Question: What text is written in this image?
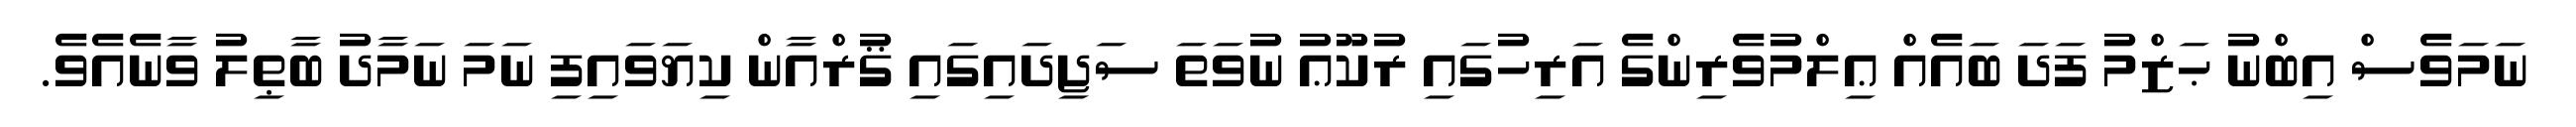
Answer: ނަމަވެސް އިބްނު ޙަޒްމު ފަދަ ބައެއް ޢިލްމުވެރިންގެ އަރިހުގައި ރުކޫޢު ނުވަތަ ސަޖިދައިގައި ޤުރްއާން ކިޔަވައިފި ނަމަ ނަމާދު ބާޠިލު ވާނެއެވެ.